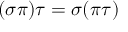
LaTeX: ( \sigma \pi ) \tau = \sigma ( \pi \tau )